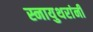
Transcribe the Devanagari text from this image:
स्नायुथरांनी